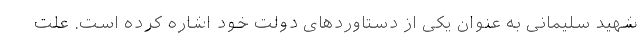
شهید سلیمانی به عنوان یکی از دستاوردهای دولت خود اشاره کرده است. علت